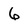
Character: 6